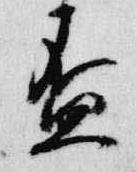
盃